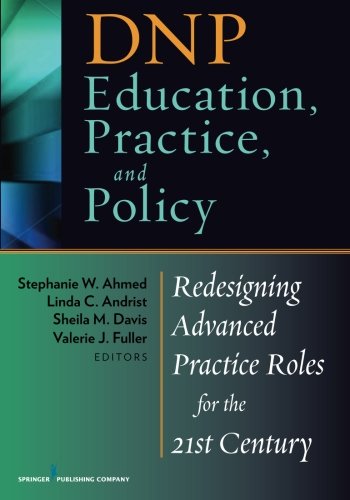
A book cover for DNP Education, Practice, and Policy: Redesigning Advanced Practice Roles for the 21st Century; Medical Books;